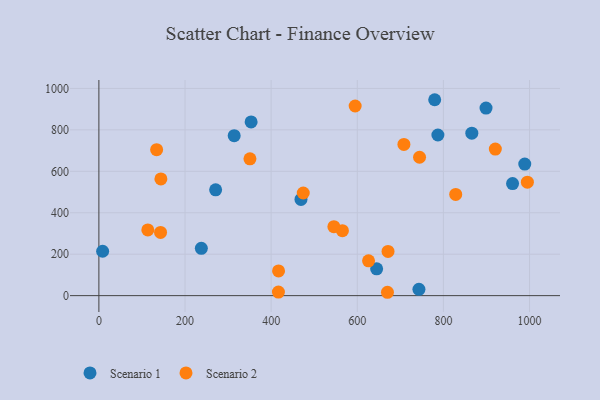
{"axis": {"x": "Experience", "y": "Exam Score"}, "legend": ["Scenario 1", "Scenario 2"], "data": [{"x": "779.8", "y": 945.5, "type": "Scenario 1"}, {"x": "237.9", "y": 228.3, "type": "Scenario 1"}, {"x": "960.6", "y": 540.8, "type": "Scenario 1"}, {"x": "469.3", "y": 464.4, "type": "Scenario 1"}, {"x": "8.7", "y": 214.1, "type": "Scenario 1"}, {"x": "271.1", "y": 510.7, "type": "Scenario 1"}, {"x": "899.0", "y": 905.3, "type": "Scenario 1"}, {"x": "645.0", "y": 129.6, "type": "Scenario 1"}, {"x": "866.0", "y": 783.9, "type": "Scenario 1"}, {"x": "353.5", "y": 838.4, "type": "Scenario 1"}, {"x": "743.2", "y": 30.5, "type": "Scenario 1"}, {"x": "787.2", "y": 775.2, "type": "Scenario 1"}, {"x": "314.2", "y": 772.0, "type": "Scenario 1"}, {"x": "988.9", "y": 634.8, "type": "Scenario 1"}, {"x": "144.0", "y": 563.2, "type": "Scenario 2"}, {"x": "113.6", "y": 317.1, "type": "Scenario 2"}, {"x": "920.6", "y": 707.1, "type": "Scenario 2"}, {"x": "565.5", "y": 313.3, "type": "Scenario 2"}, {"x": "671.4", "y": 213.4, "type": "Scenario 2"}, {"x": "143.2", "y": 304.9, "type": "Scenario 2"}, {"x": "995.0", "y": 547.6, "type": "Scenario 2"}, {"x": "670.1", "y": 16.2, "type": "Scenario 2"}, {"x": "474.6", "y": 495.4, "type": "Scenario 2"}, {"x": "350.8", "y": 660.5, "type": "Scenario 2"}, {"x": "708.3", "y": 729.8, "type": "Scenario 2"}, {"x": "416.9", "y": 17.4, "type": "Scenario 2"}, {"x": "828.6", "y": 488.6, "type": "Scenario 2"}, {"x": "134.1", "y": 704.5, "type": "Scenario 2"}, {"x": "545.7", "y": 332.8, "type": "Scenario 2"}, {"x": "744.6", "y": 667.9, "type": "Scenario 2"}, {"x": "595.1", "y": 915.1, "type": "Scenario 2"}, {"x": "626.2", "y": 168.1, "type": "Scenario 2"}, {"x": "417.2", "y": 119.0, "type": "Scenario 2"}]}